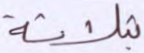
بثلاثة